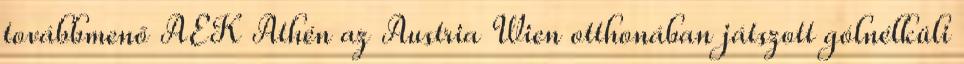
továbbmenő AEK Athén az Austria Wien otthonában játszott gólnélküli